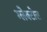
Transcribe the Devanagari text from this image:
ग्लेक्टोज़